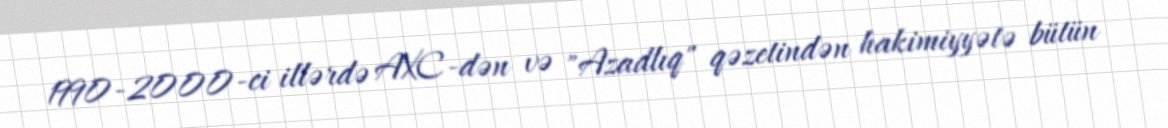
1990-2000-ci illərdə AXC-dən və "Azadlıq" qəzetindən hakimiyyətə bütün